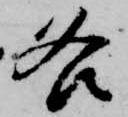
各